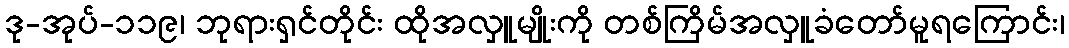
ဒု-အုပ်-၁၁၉၊ ဘုရားရှင်တိုင်း ထိုအလှူမျိုးကို တစ်ကြိမ်အလှူခံတော်မူရကြောင်း၊